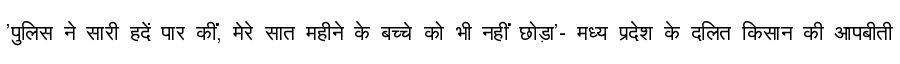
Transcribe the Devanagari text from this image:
'पुलिस ने सारी हदें पार कीं, मेरे सात महीने के बच्चे को भी नहीं छोड़ा'- मध्य प्रदेश के दलित किसान की आपबीती